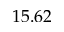
1 5 . 6 2